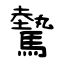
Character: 驇